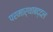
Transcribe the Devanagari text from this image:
परमार्थाबद्दल